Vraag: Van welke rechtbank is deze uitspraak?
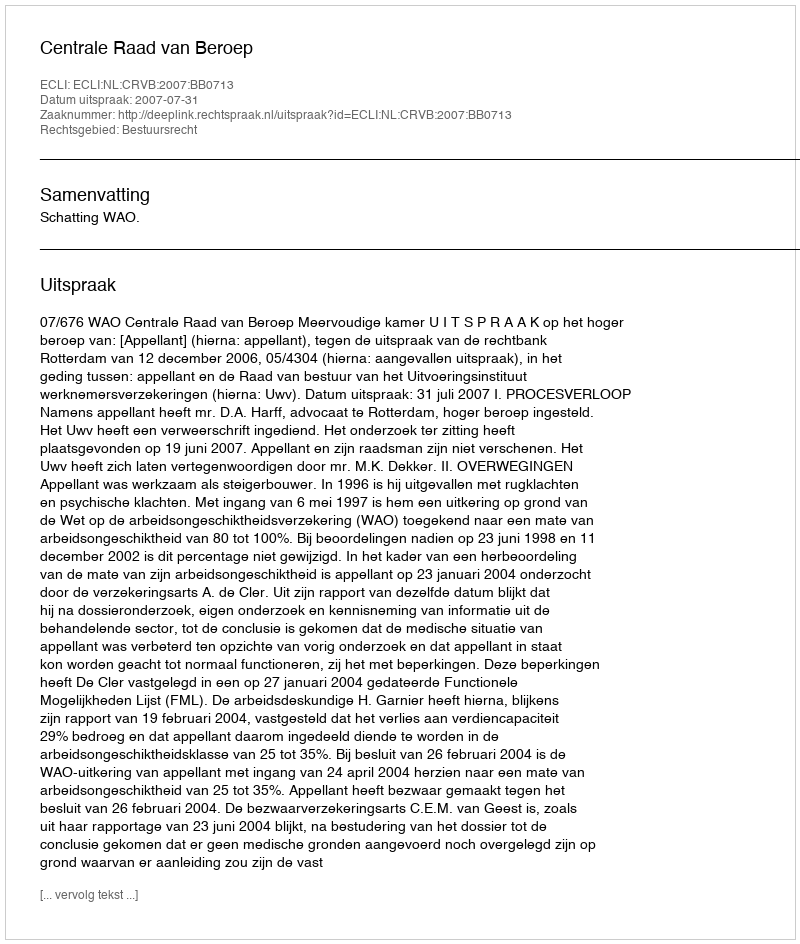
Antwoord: Centrale Raad van Beroep